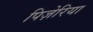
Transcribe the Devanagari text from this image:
पिज़ेरिया